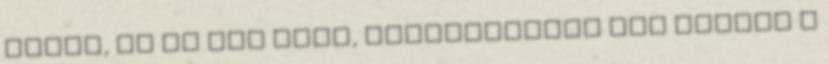
nekem, de ha nem gond, beszélhetnél egy kicsit a